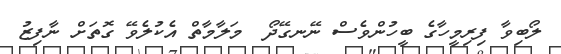
ލޯބިވާ ފިރިމީހާގެ ބީހުންވެސް ނޭނގޭދޯ  މަލާމާތް އެކުލެވޭ ގޮތަށް ނާފިޒު